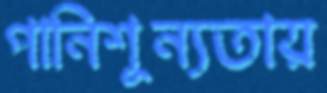
পানিশূন্যতায়